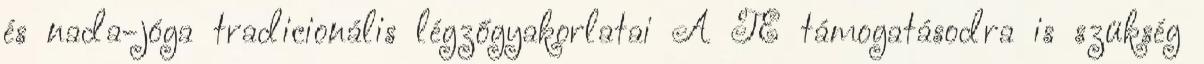
és nada-jóga tradicionális légzőgyakorlatai A TE támogatásodra is szükség